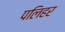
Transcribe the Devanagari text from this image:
पलिहर